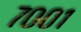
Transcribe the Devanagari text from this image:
७००१